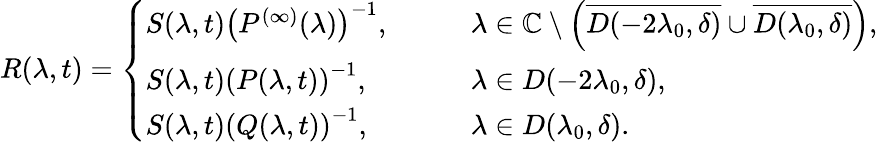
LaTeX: R(\lambda,t)=\left\{ \begin{array}{ll}{S(\lambda,t)\left(P^{(\infty)}(\lambda)\right)^{-1},}&{\qquad\lambda\in\mathbb{C}\setminus\left(\overline{{D(-2\lambda_{0},\delta)}}\cup\overline{{D(\lambda_{0},\delta)}}\right),}\\ {S(\lambda,t)\left(P(\lambda,t)\right)^{-1},}&{\qquad\lambda\in D(-2\lambda_{0},\delta),}\\ {S(\lambda,t)\left(Q(\lambda,t)\right)^{-1},}&{\qquad\lambda\in D(\lambda_{0},\delta).}\end{array}\right.